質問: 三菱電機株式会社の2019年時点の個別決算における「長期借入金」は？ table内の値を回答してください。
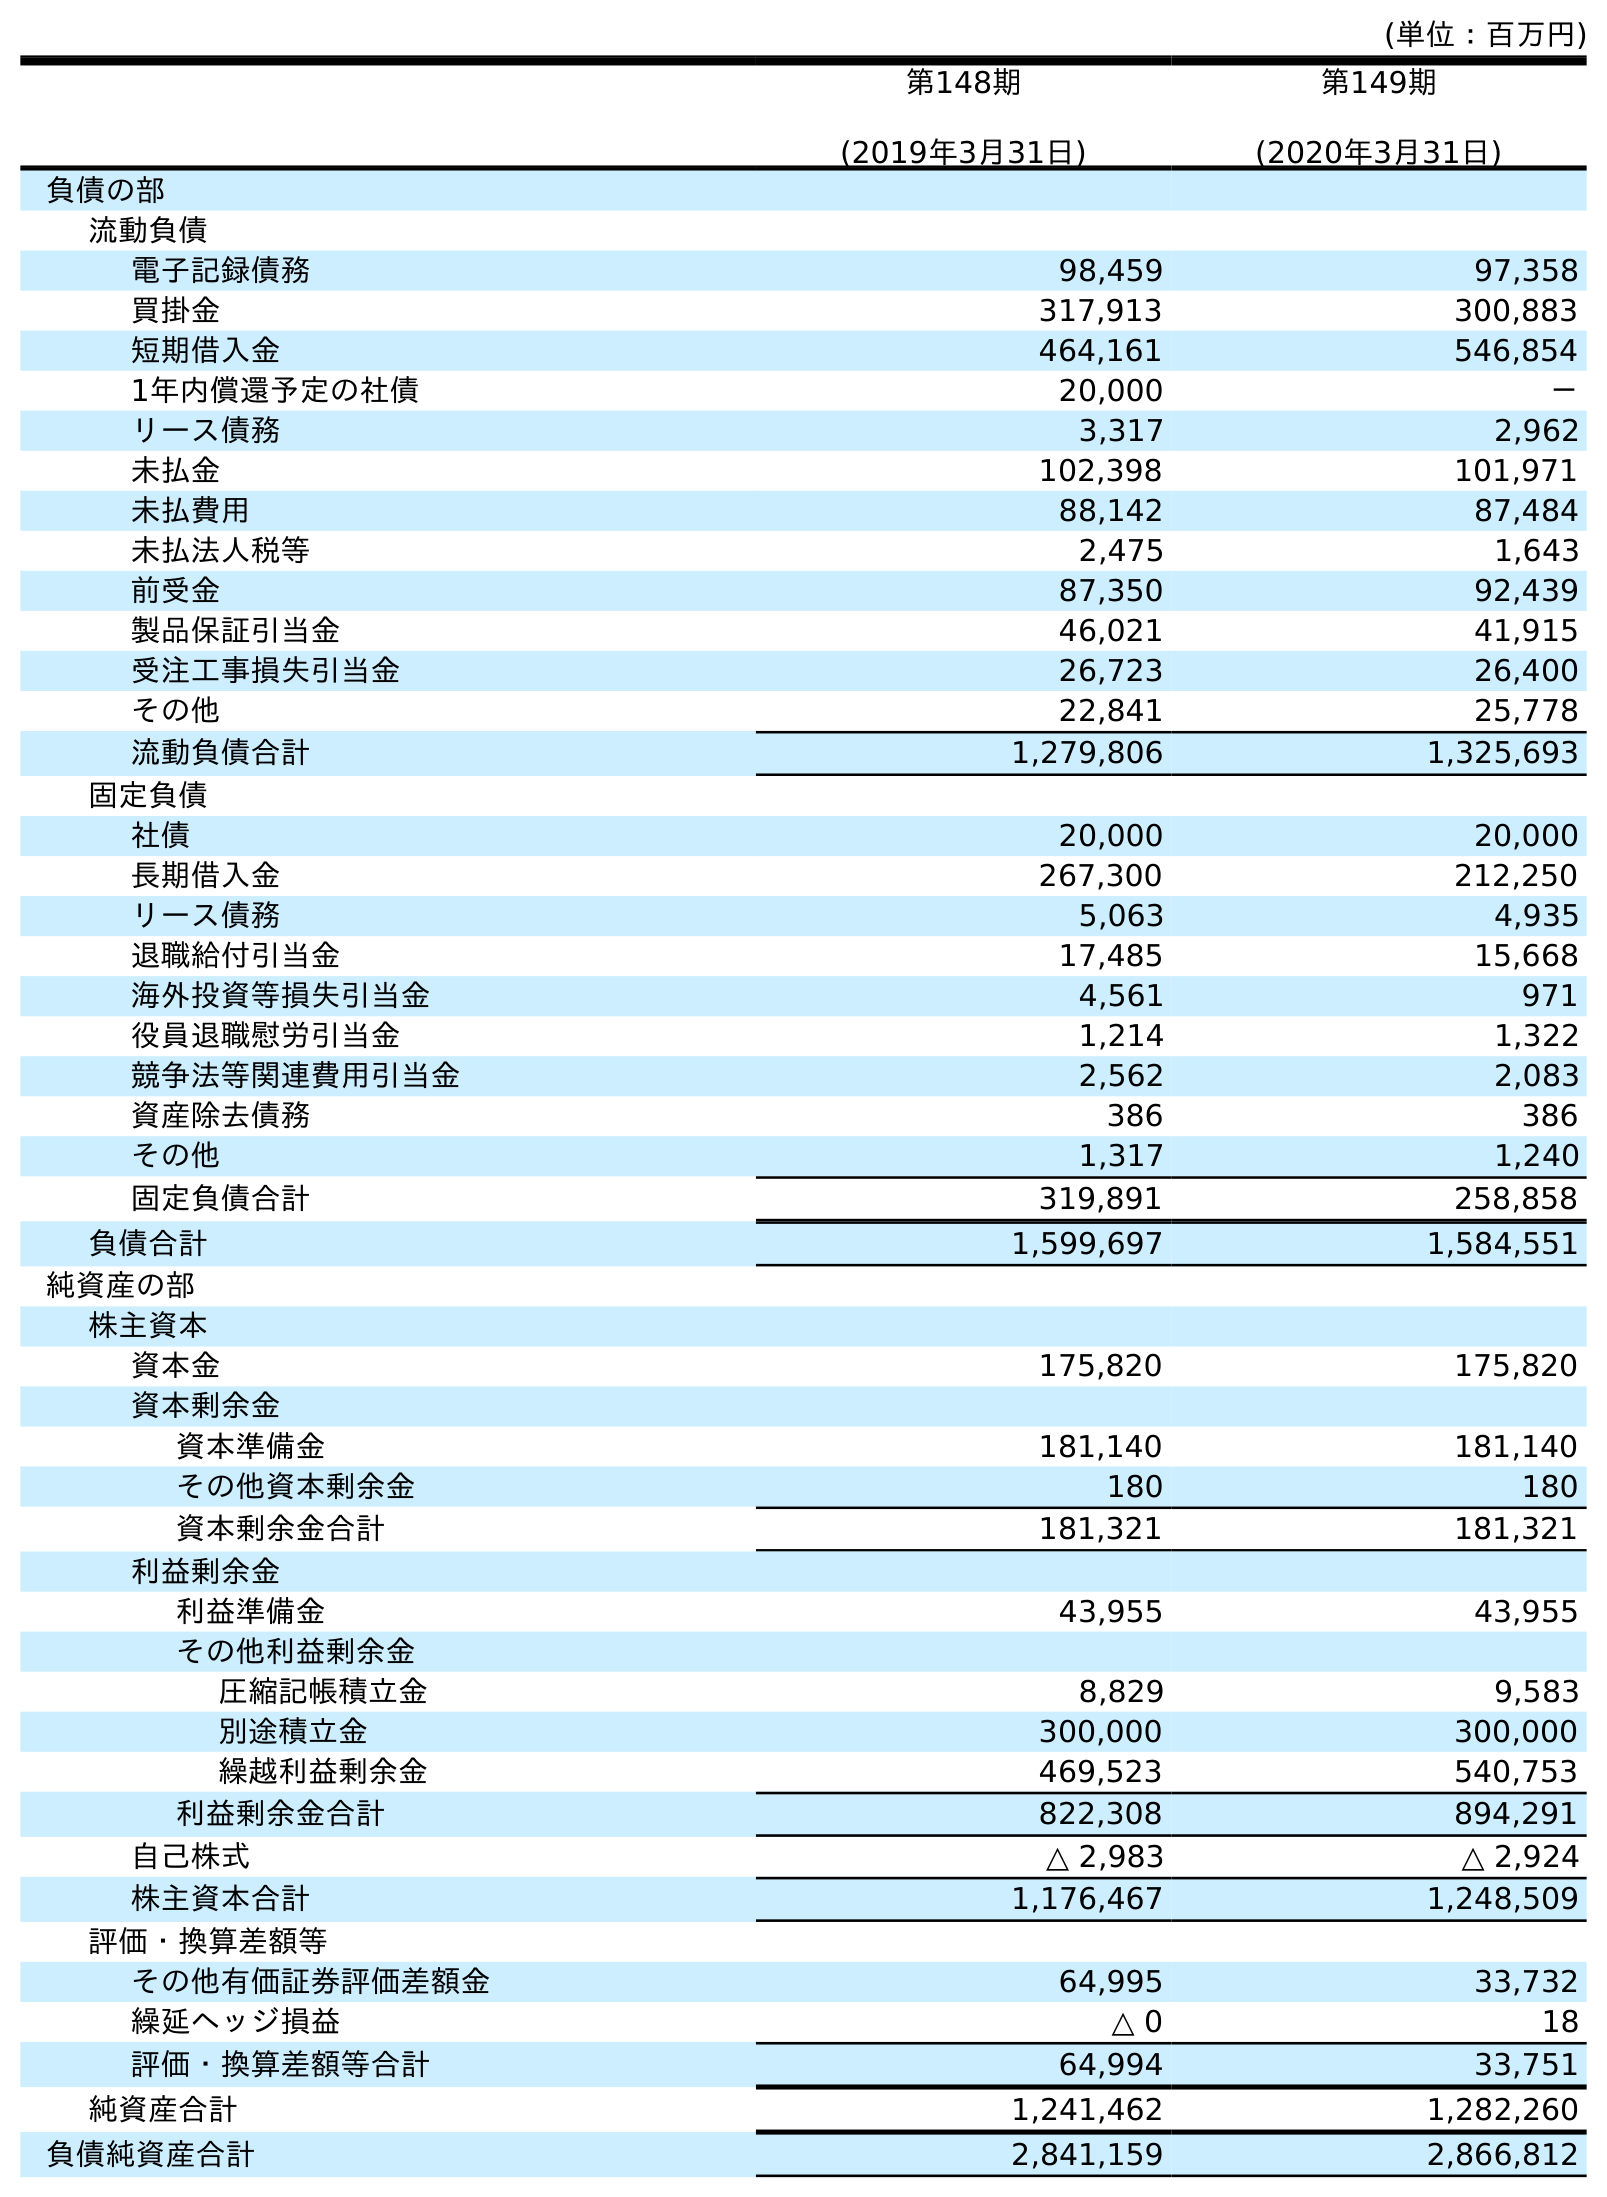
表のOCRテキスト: (単位：百万円) 第148期 (2019年3月31日) 第149期 (2020年3月31日) 負債の部 流動負債 電子記録債務 98,459 97,358 買掛金 317,913 300,883 短期借入金 464,161 546,854 1年内償還予定の社債 20,000 － リース債務 3,317 2,962 未払金 102,398 101,971 未払費用 88,142 87,484 未払法人税等 2,475 1,643 前受金 87,350 92,439 製品保証引当金 46,021 41,915 受注工事損失引当金 26,723 26,400 その他 22,841 25,778 流動負債合計 1,279,806 1,325,693 固定負債 社債 20,000 20,000 長期借入金 267,300 212,250 リース債務 5,063 4,935 退職給付引当金 17,485 15,668 海外投資等損失引当金 4,561 971 役員退職慰労引当金 1,214 1,322 競争法等関連費用引当金 2,562 2,083 資産除去債務 386 386 その他 1,317 1,240 固定負債合計 319,891 258,858 負債合計 1,599,697 1,584,551 純資産の部 株主資本 資本金 175,820 175,820 資本剰余金 資本準備金 181,140 181,140 その他資本剰余金 180 180 資本剰余金合計 181,321 181,321 利益剰余金 利益準備金 43,955 43,955 その他利益剰余金 圧縮記帳積立金 8,829 9,583 別途積立金 300,000 300,000 繰越利益剰余金 469,523 540,753 利益剰余金合計 822,308 894,291 自己株式 △ 2,983 △ 2,924 株主資本合計 1,176,467 1,248,509 評価・換算差額等 その他有価証券評価差額金 64,995 33,732 繰延ヘッジ損益 △ 0 18 評価・換算差額等合計 64,994 33,751 純資産合計 1,241,462 1,282,260 負債純資産合計 2,841,159 2,866,812
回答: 267,300